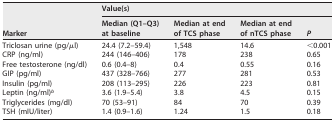
| <ROWSPAN=2> Marker | <COLSPAN=4> Value(s) |
 | Median (Q1–Q3) at baseline | Median at end of TCS phase | Median at end of nTCS phase | P |
 | --- | --- | --- | --- | --- |
 | Triclosan urine (pg/μl) | 24.4 (7.2–59.4) | 1,548 | 14.6 | <0.001 |
 | CRP (ng/ml) | 244 (146–406) | 178 | 238 | 0.65 |
 | Free testosterone (ng/dl) | 0.6 (0.4–8) | 0.4 | 0.55 | 0.16 |
 | GIP (pg/ml) | 437 (328–766) | 277 | 281 | 0.53 |
 | Insulin (pg/ml) | 208 (113–295) | 226 | 223 | 0.81 |
 | Leptin (ng/ml)b | 3.6 (1.9–5.4) | 3.8 | 4.5 | 0.15 |
 | Triglycerides (mg/dl) | 70 (53–91) | 84 | 70 | 0.39 |
 | TSH (mIU/liter) | 1.4 (0.9–1.6) | 1.24 | 1.5 | 0.18 |